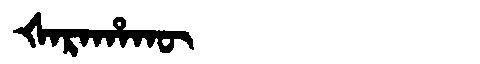
Manchu: ᡧᠠᡵᠠᡥᠠᡴᡡ
Romanization: ŠARAHAKŪ